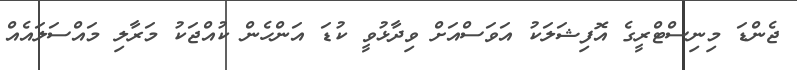
ޖެންޑަ މިނިސްޓްރީގެ އޮފިޝަލަކު އަވަސްއަށް ވިދާޅުވީ ކުޑަ އަންހެން ކުއްޖަކު މަރާލި މައްސަލައެއް